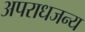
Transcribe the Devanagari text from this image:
अपराधजन्य